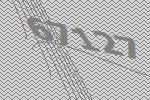
67127